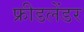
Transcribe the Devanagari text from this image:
फ्रीडलेंडर